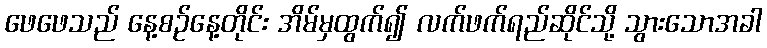
ဖေဖေသည် နေ့စဉ်နေ့တိုင်း အိမ်မှထွက်၍ လက်ဖက်ရည်ဆိုင်သို့ သွားသောအခါ